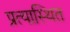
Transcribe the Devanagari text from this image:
प्रत्यास्थित